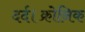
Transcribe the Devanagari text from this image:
दर्द।क्रोनिक